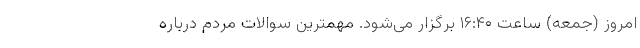
امروز (جمعه) ساعت ۱۶:۴۰ برگزار می‌شود. مهمترین سوالات مردم درباره